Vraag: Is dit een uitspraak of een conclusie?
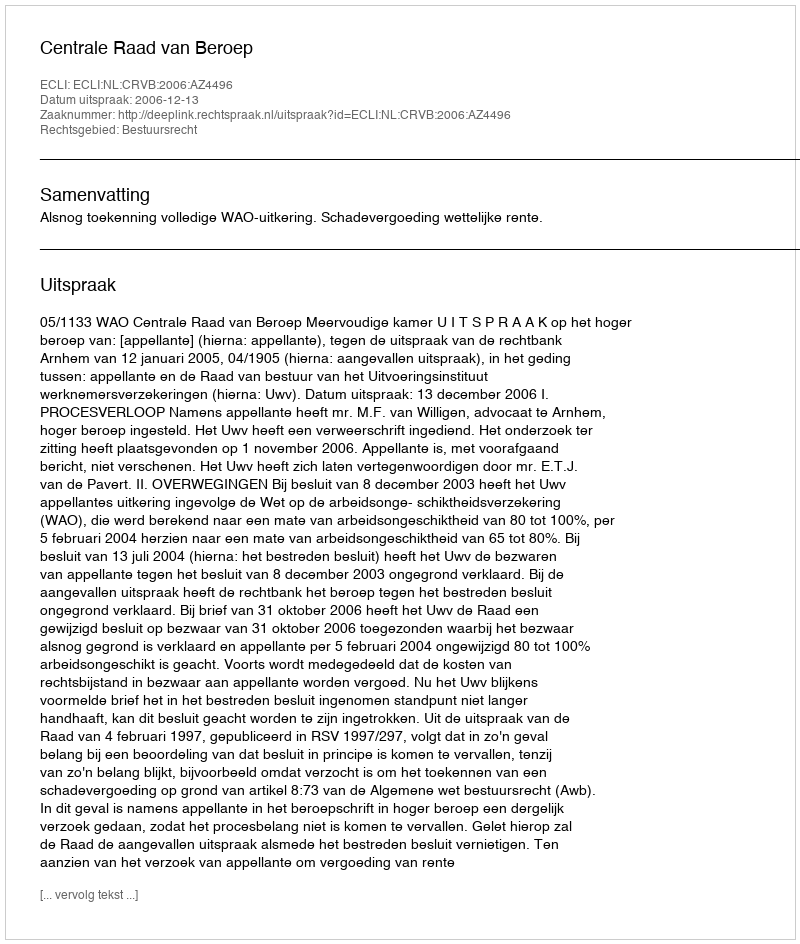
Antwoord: Uitspraak